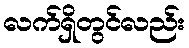
လက်ရှိတွင်လည်း